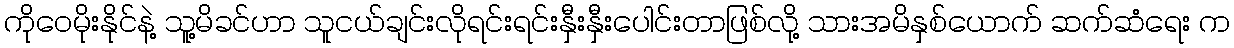
ကိုဝေမိုးနိုင်နဲ့ သူ့မိခင်ဟာ သူငယ်ချင်းလိုရင်းရင်းနှီးနှီးပေါင်းတာဖြစ်လို့ သားအမိနှစ်ယောက် ဆက်ဆံရေး က